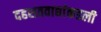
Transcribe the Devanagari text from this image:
दहशतवाद्यांकडली